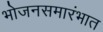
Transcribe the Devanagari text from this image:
भोजनसमारंभात